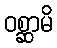
ဝစ္ဆာမိ